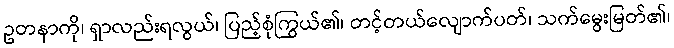
ဥတနာကို၊ ရှာလည်းရလွယ်၊ ပြည့်စုံကြွယ်၏၊ တင့်တယ်လျောက်ပတ်၊ သက်မွေးမြတ်၏၊